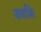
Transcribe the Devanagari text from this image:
जवकि